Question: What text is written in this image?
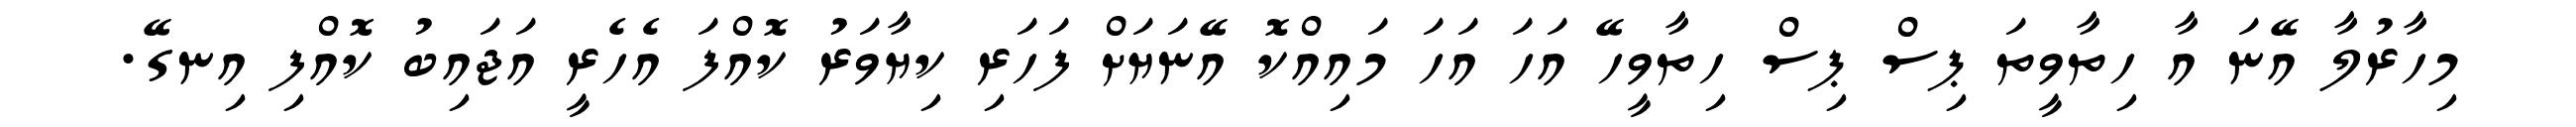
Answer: މިހާރުލާ އޭނަ އާ ހިތާވީތަ ޕިސް ޕިސް ހިތާވީހޭ އަހަ އަހަ މައިއްކޮ އޭނަޔަށް ފަހަރި ކިޔާވަރު ކޮއްފަ އެހެރީ އަޖައިބު ކޮއްފި އިނގޭ.